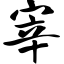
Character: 宰